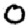
Digit: 0